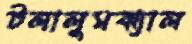
টলালুমঝ্যাল